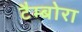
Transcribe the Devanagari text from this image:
टैम्बोरा